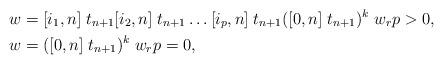
LaTeX: \begin{align*}\begin{aligned}w &= [ i_1,n ] \; t_{n+1} [ i_2,n ] \; t_{n+1} \dots [ i_p,n ] \; t_{n+1} ( [ 0,n ] \; t_{n+1} )^k \; w_r p>0 , \\ w &= ( [ 0,n ] \; t_{n+1} )^k \; w_r p=0, \end{aligned} \end{align*}